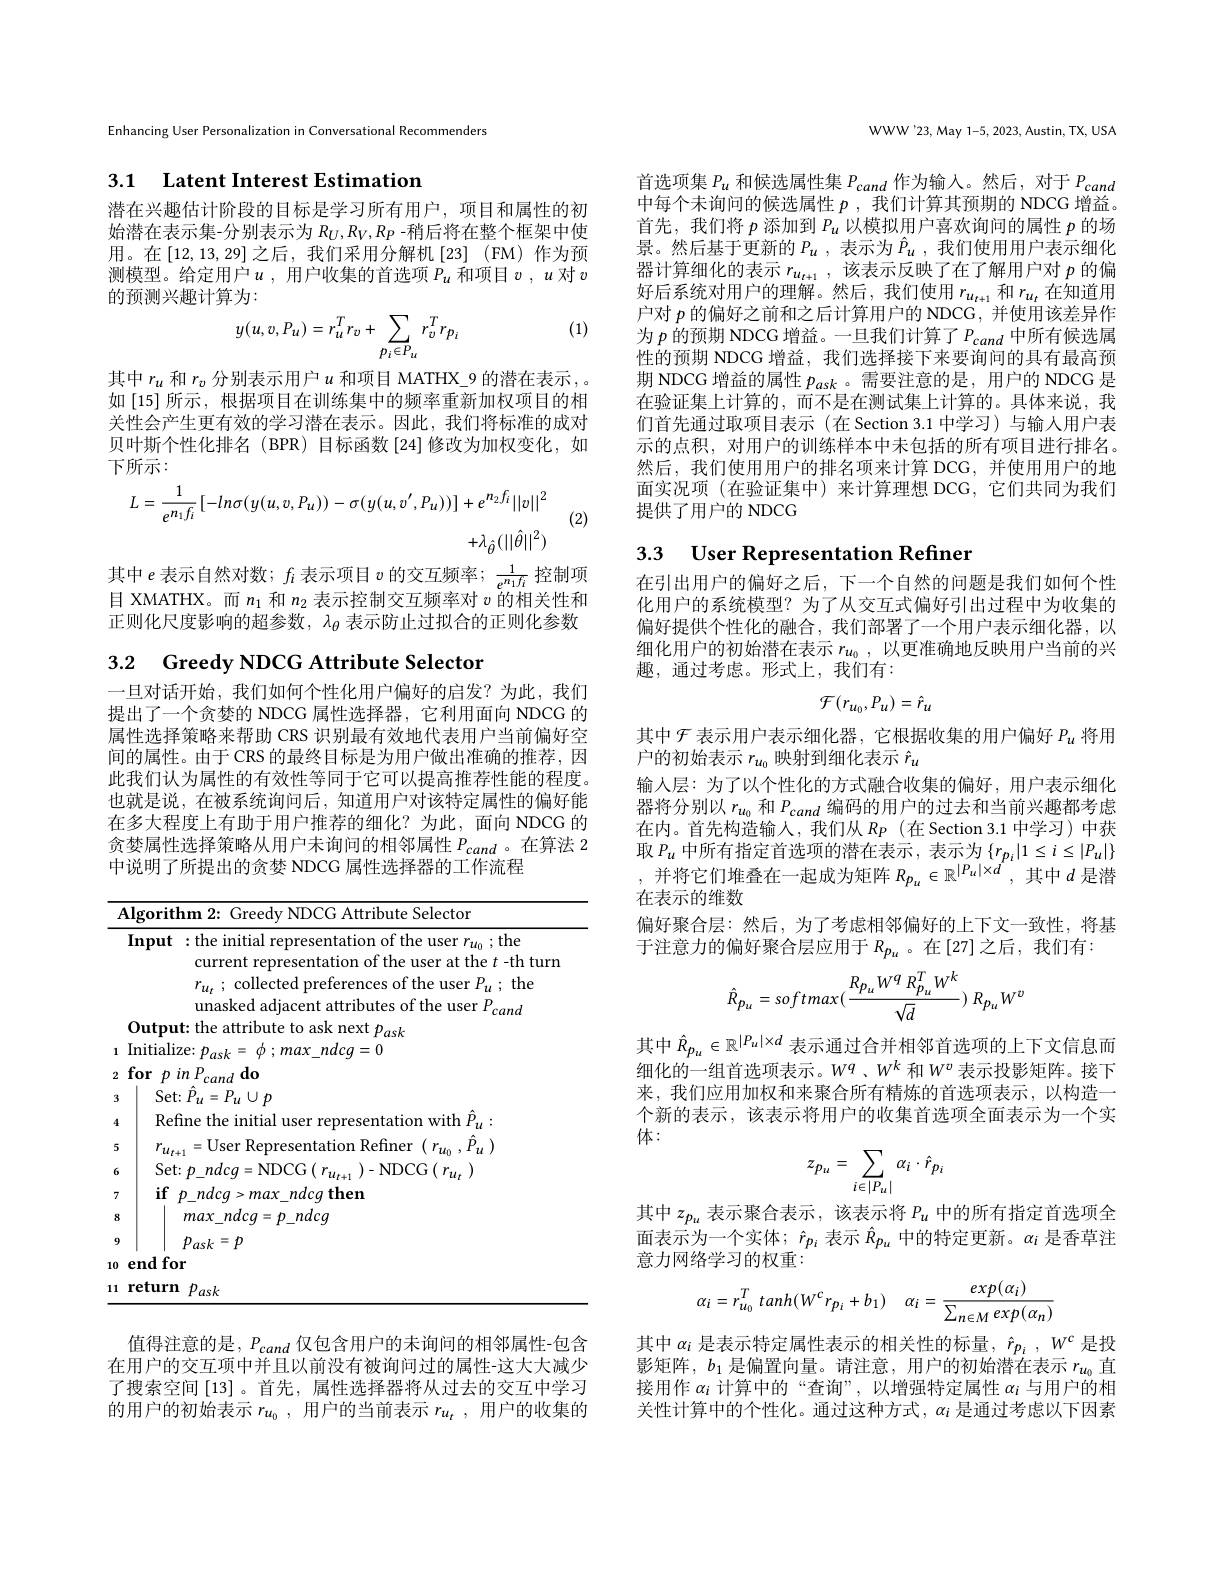
Enhancing User Personalization in Conversational Recommenders

# 3.1 Latent Interest Estimation

潜在兴趣估计阶段的目标是学习所有用户，项目和属性的初始潜在表示集-分别表示为$R_U,R_V,R_P$ -稍后将在整个框架中使用。在[12,13,29] 之后，我们采用分解机 [23] (FM)作为预测模型。给定用户$u$,用户收集的首选项$P_u$和项目$v,u$对$v$ 的预测兴趣计算为：
$$y(u,v,Pu)=r_{u}^{T}r_{v}+\sum_{p_{i}\in P_{u}}r_{v}^{T}r_{p_{i}}$$
(1)

其中$r_u$和$r_v$分别表示用户$u$和项目 MATHX\_9 的潜在表示，。如[15] 所示，根据项目在训练集中的频率重新加权项目的相关性会产生更有效的学习潜在表示。因此，我们将标准的成对贝叶斯个性化排名(BPR)目标函数[24]修改为加权变化，如下所示：

(2)
$$L=\frac{1}{e^{n_{1}f_{i}}}[-ln\sigma(y(u,v,P_{u}))-\sigma(y(u,v^{\prime},P_{u}))]+e^{n_{2}f_{i}}||v||^{2}\\+\lambda_{\hat{\theta}}(||\hat{\theta}||^{2})$$
其中$e$表示自然对数；$f_i$表示项目$v$的交互频率；$\frac1{e^{n_1f_i}}$控制项目 XMATHX。而$n_1$和$n_2$表示控制交互频率对$v$的相关性和正则化尺度影响的超参数，$\lambda_\theta$表示防止过拟合的正则化参数

3.2 Greedy NDCG Attribute Selector

一旦对话开始，我们如何个性化用户偏好的启发？为此，我们提出了一个贪婪的 NDCG 属性选择器，它利用面向 NDCG 的属性选择策略来帮助 CRS 识别最有效地代表用户当前偏好空间的属性。由于 CRS 的最终目标是为用户做出准确的推荐，因此我们认为属性的有效性等同于它可以提高推荐性能的程度。也就是说，在被系统询问后，知道用户对该特定属性的偏好能在多大程度上有助于用户推荐的细化？为此，面向NDCG 的贪婪属性选择策略从用户未询问的相邻属性$P_{cand}$ 。在算法 2中说明了所提出的贪婪 NDCG 属性选择器的工作流程

<table>
	<tbody>
		<tr>
			<th colspan="3">Attribute Selector Algorithm 2 Greedw NDCG ,</th>
		</tr>
		<tr>
			<th> </th>
			<th>Input</th>
			<th>${\textbf{ut}:\text{the initial representation of the user }r_{u_{0}}};$the current representation of the user at the $t$ -th turm $r_{u_{t}}$ ; collected preferences of the user $P_{u}$ ; the</th>
		</tr>
		<tr>
			<td> </td>
			<td>Outpu</td>
			<td>$\operatorname{next}p_{ask}$</td>
		</tr>
		<tr>
			<td>1</td>
			<td>Initiali</td>
			<td>ialize; $ndcq=0$</td>
		</tr>
		<tr>
			<td>2</td>
			<td>for $p$</td>
			<td>$p$ $inP_{c}$ cand ldo</td>
		</tr>
		<tr>
			<td>3</td>
			<td>Set</td>
			<td>Set: $\hat{P} _{u}= P_{u}\cup p$</td>
		</tr>
		<tr>
			<td>4</td>
			<td>Ref</td>
			<td>Refine</td>
		</tr>
		<tr>
			<td>5</td>
			<td>$r_{1}$ $u_t$</td>
			<td>=User Representation Refiner$(r_u_0,\hat{P}_u)$ $r_{u_{t+1}}$</td>
		</tr>
		<tr>
			<td>6</td>
			<td>Set</td>
			<td>Set NITO $i11$ $Y$</td>
		</tr>
		<tr>
			<td>7</td>
			<td>$if$</td>
			<td>$i\mathbf{f}$ ndcg then $\boldsymbol{h}$ ndc</td>
		</tr>
		<tr>
			<td>8</td>
			<td> </td>
			<td>$g=p_{-}ndcg$ max ndca</td>
		</tr>
		<tr>
			<td>9</td>
			<td> </td>
			<td>$p_{ask}=p$</td>
		</tr>
		<tr>
			<td>10</td>
			<td>$\mathbf{endfo}$</td>
			<td>lfor</td>
		</tr>
		<tr>
			<td>1 1 -</td>
			<td>return</td>
			<td>urn $p_{ask}$</td>
		</tr>
	</tbody>
</table>

值得注意的是，$P_{cand}$仅包含用户的未询问的相邻属性-包含在用户的交互项中并且以前没有被询问过的属性-这大大减少了搜索空间[13] 。首先，属性选择器将从过去的交互中学习的用户的初始表示$r_{u_0}$,用户的当前表示$r_{u_t}$,用户的收集的

WWW'23, May 1-5, 2023, Austin, TX, USA

首选项集$P_u$和候选属性集$P_cand$作为输入。然后，对于$P_cand$ 中每个未询问的候选属性$p$ ,我们计算其预期的 NDCG 增益。首先，我们将$p$添加到$P_u$以模拟用户喜欢询问的属性$p$的场景。然后基于更新的$P_u$ ,表示为$\hat{P}_u$ ,我们使用用户表示细化器计算细化的表示$r_u_{t+1}$,该表示反映了在了解用户对$p$的偏好后系统对用户的理解。然后，我们使用$r_u_{t+1}$和$r_u_t$在知道用户对$p$的偏好之前和之后计算用户的 NDCG, 并使用该差异作为$p$的预期 NDCG 增益。一旦我们计算了$P_cand$中所有候选属性的预期 NDCG 增益，我们选择接下来要询问的具有最高预期 NDCG 增益的属性$p_{ask}$ 。需要注意的是，用户的 NDCG 是在验证集上计算的，而不是在测试集上计算的。具体来说，我们首先通过取项目表示(在 Section 3.1 中学习)与输人用户表示的点积，对用户的训练样本中未包括的所有项目进行排名。然后，我们使用用户的排名项来计算 DCG,并使用用户的地面实况项(在验证集中)来计算理想 DCG,它们共同为我们提供了用户的 NDCG

3.3 User Representation Refiner

在引出用户的偏好之后，下一个自然的问题是我们如何个性化用户的系统模型？为了从交互式偏好引出过程中为收集的偏好提供个性化的融合，我们部署了一个用户表示细化器，以细化用户的初始潜在表示$r_{u_0}$,以更准确地反映用户当前的兴趣，通过考虑。形式上，我们有：
$$\mathcal{F}(r_{u_0},P_u)=\hat{r}_u$$
其中$\mathcal{F}$表示用户表示细化器，它根据收集的用户偏好$P_u$将用
户的初始表示$r_{u_0}$映射到细化表示$\hat{r}_u$
输入层：为了以个性化的方式融合收集的偏好，用户表示细化器将分别以$r_{u_0}$和$P_{cand}$编码的用户的过去和当前兴趣都考虑在内。首先构造输人，我们从$R_P$(在 Section 3.1 中学习)中获取$P_u$ 中所有指定首选项的潜在表示，表示为 $\{r_p_i|1\leq i\leq|P_u|\}$ ,并将它们堆叠在一起成为矩阵$R_p_u\in\mathbb{R}^{|P_u|\times d}$,其中$d$是潜在表示的维数
偏好聚合层：然后，为了考虑相邻偏好的上下文一致性，将基
于注意力的偏好聚合层应用于$R_{p_u}$。在[27]之后，我们有：
$$\hat{R}_{p_{u}}=softmax(\frac{R_{p_{u}}W^{q}R_{p_{u}}^{T}W^{k}}{\sqrt{d}})\:R_{p_{u}}W^{v}$$
其中$\hat{R}_{p_u}\in\mathbb{R}^{|P_u|\times d}$ 表示通过合并相邻首选项的上下文信息而细化的一组首选项表示。$W^q$、$W^k$ 和$W^v$ 表示投影矩阵。接下来，我们应用加权和来聚合所有精炼的首选项表示，以构造一个新的表示，该表示将用户的收集首选项全面表示为一个实体：
$$z_{p_{u}}=\sum_{i\in|P_{u}|}\alpha_{i}\cdot\hat{r}_{p_{i}}$$
其中$z_{p_u}$表示聚合表示，该表示将$P_u$中的所有指定首选项全面表示为一个实体；$\hat{r}_p_i$表示$\hat{R}_{p_u}$中的特定更新。$\alpha_i$是香草注意力网络学习的权重：
$$\alpha_i=r_{u_0}^T\:tanh(W^cr_{p_i}+b_1)\quad\alpha_i=\frac{exp(\alpha_i)}{\sum_{n\in M}exp(\alpha_n)}$$
其中$\alpha_i$是表示特定属性表示的相关性的标量，$\hat{r}_{p_i},W^c$是投影矩阵，$b_1$是偏置向量。请注意，用户的初始潜在表示$r_u_0$直接用作$\alpha_i$计算中的“查询”,以增强特定属性$\alpha_i$与用户的相关性计算中的个性化。通过这种方式，$\alpha_i$是通过考虑以下因素